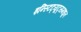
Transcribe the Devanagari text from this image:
इन्स्टिट्यूट्समधून